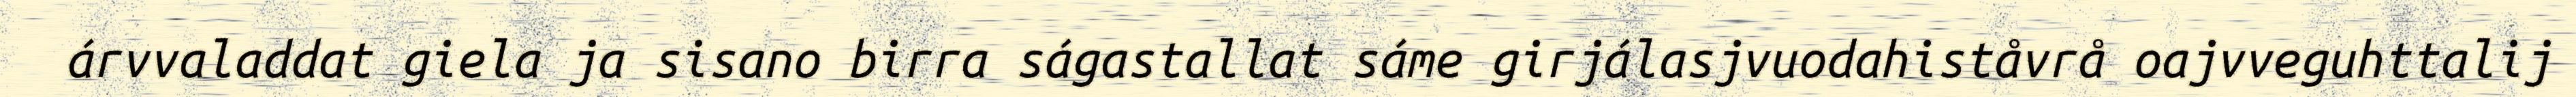
árvvaladdat giela ja sisano birra ságastallat sáme girjálasjvuodahiståvrå oajvveguhttalij